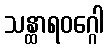
သန္ထာရဝဂ္ဂေါ